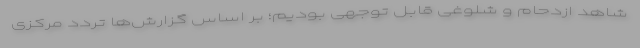
شاهد ازدحام و شلوغی قابل توجهی بودیم؛ بر اساس گزارش‌ها تردد مرکزی